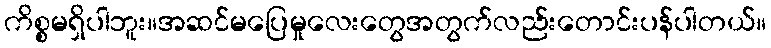
ကိစ္စမရှိပါဘူး။အဆင်မပြေမှုလေးတွေအတွက်လည်းတောင်းပန်ပါတယ်။